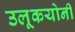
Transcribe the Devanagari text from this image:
उलूकयोनी